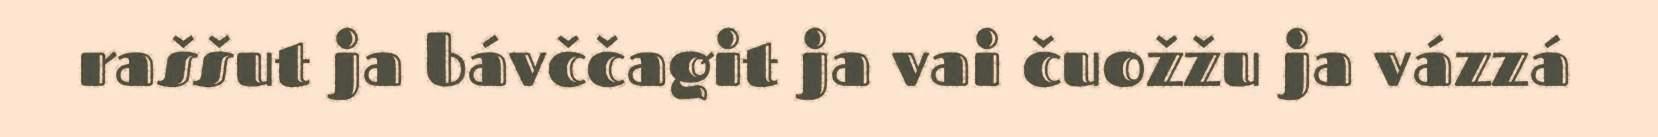
raššut ja bávččagit ja vai čuožžu ja vázzá